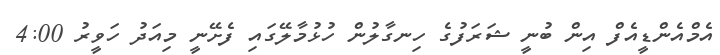
އެމްއެންޑީއެފް އިން ބުނީ ޝަރަފުގެ ހިނގާލުން ހުޅުމާލޭގައި ފެށޭނީ މިއަދު ހަވީރު 4:00